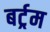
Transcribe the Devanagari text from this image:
बर्ट्रम